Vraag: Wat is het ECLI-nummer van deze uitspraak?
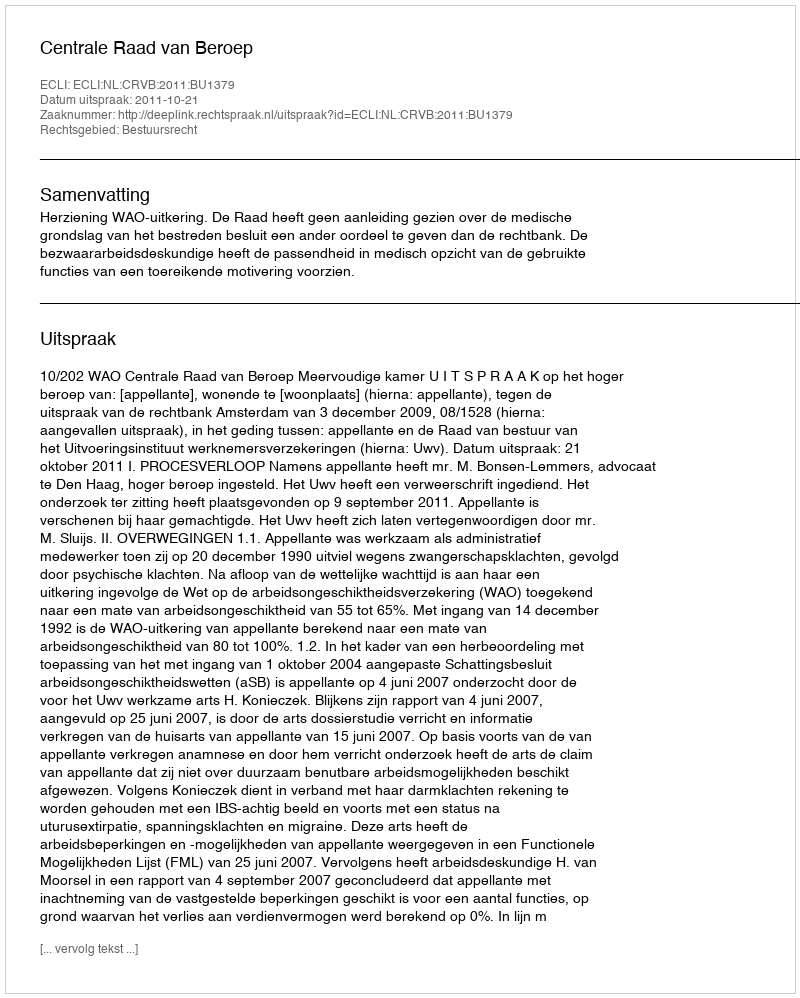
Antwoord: ECLI:NL:CRVB:2011:BU1379